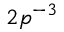
2 p ^ { - 3 }